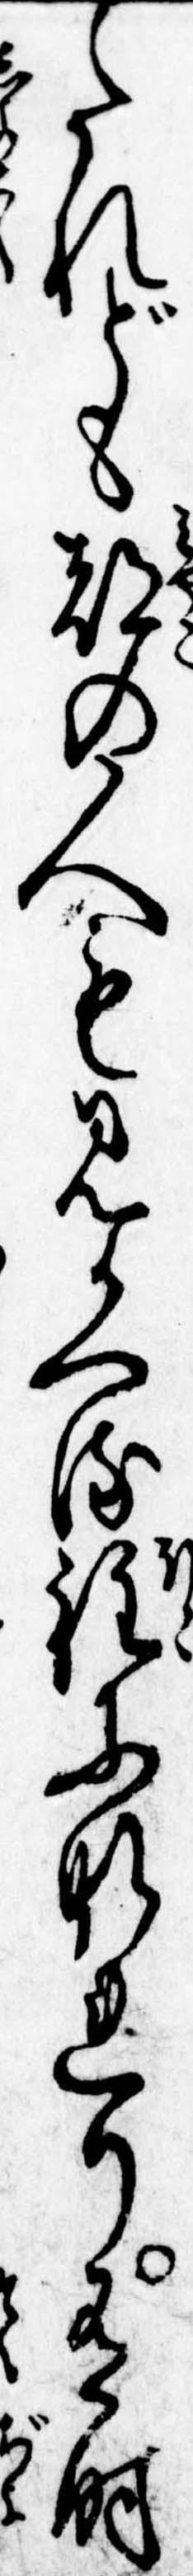
たれども都の人も見かへる程になれり有時